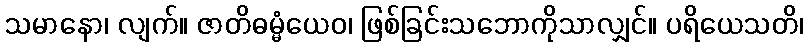
သမာနော၊ လျက်။ ဇာတိဓမ္မံယေဝ၊ ဖြစ်ခြင်းသဘောကိုသာလျှင်။ ပရိယေသတိ၊